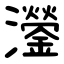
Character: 灐